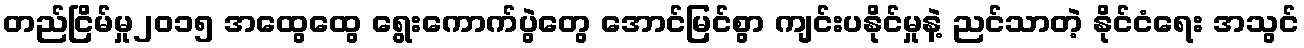
တည်ငြိမ်မှု၂၀၁၅ အထွေထွေ ရွေးကောက်ပွဲတွေ အောင်မြင်စွာ ကျင်းပနိုင်မှုနဲ့ ညင်သာတဲ့ နိုင်ငံရေး အသွင်